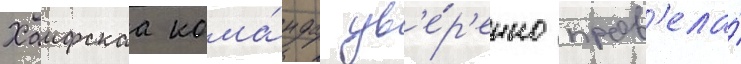
Хаифскаа кома́нда ув'е́р'енно пров'ела́